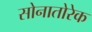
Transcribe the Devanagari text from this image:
सोनातोरेक